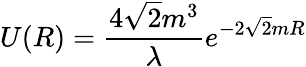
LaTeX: U(R)={\frac{4\sqrt{2}m^{3}}{\lambda}}e^{-2\sqrt{2}mR}